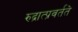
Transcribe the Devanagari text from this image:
रुद्रात्प्रवर्तते